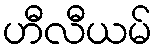
ဟီလီယမ်